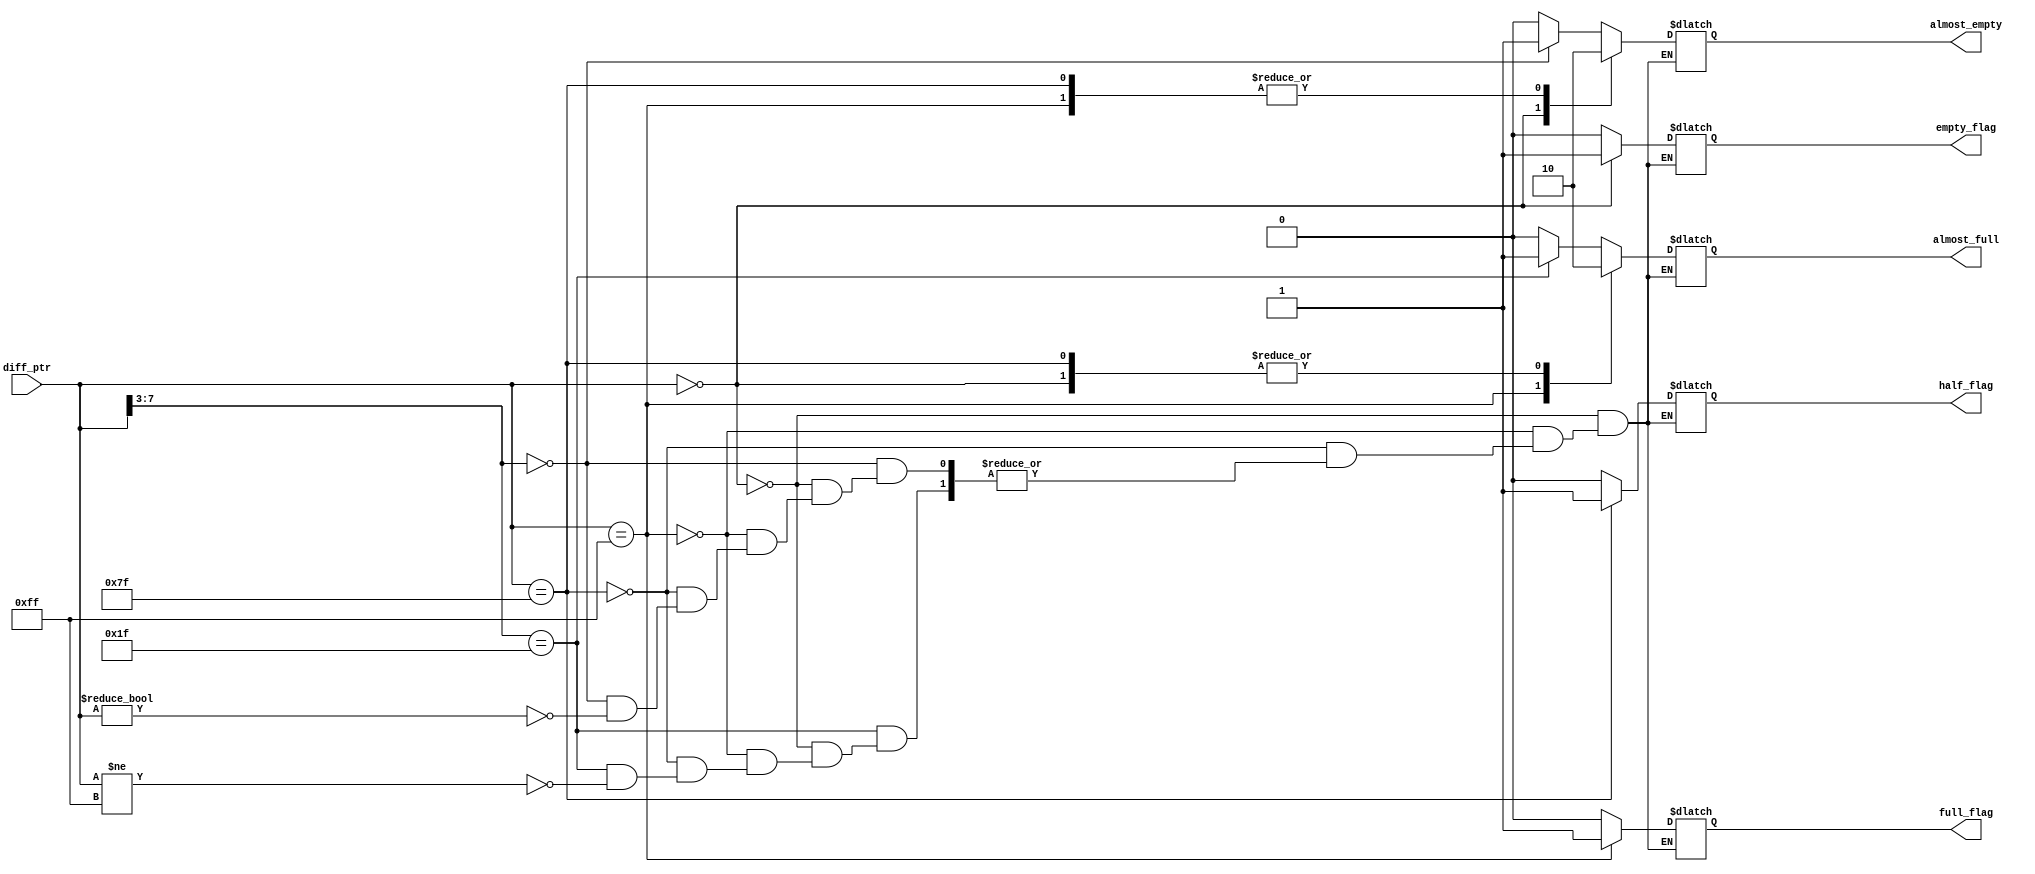
module flagset(diff_ptr,full_flag,empty_flag,almost_empty,almost_full,half_flag);
input[7:0] diff_ptr;
output full_flag,empty_flag,almost_empty,almost_full,half_flag;
reg full_flag,empty_flag,almost_empty,almost_full,half_flag;
always @(*)
		begin
		casex (diff_ptr)
		0: begin 
		empty_flag =1;
		full_flag = 0;
		almost_full = 0;
		almost_empty = 1;
		half_flag = 0;
		end
		255:begin
		full_flag = 1;
		empty_flag = 0;
		almost_full  = 1;
		almost_empty = 0;
		half_flag = 0;
		end
		127:begin
		half_flag = 1;
		empty_flag = 0;
		full_flag = 0;
		almost_full = 0;
		almost_empty = 0;
		end
		8'b11111xxx:begin
		if(diff_ptr!=255)
		begin
		half_flag = 0;
		empty_flag = 0;
		full_flag = 0;
		almost_full = 1;
		almost_empty = 0;
		end
		end
		8'b00000xxx:begin
		if(diff_ptr!=0)
		begin
		half_flag = 0;
		empty_flag =0;
		full_flag = 0;
		almost_full = 0;
		almost_empty = 1;
		end
		end
		default:begin
		empty_flag=0;
		full_flag=0;
		almost_full = 0;
		almost_empty = 0;
		half_flag = 0;
		end
		endcase
		end
		initial begin
		full_flag = 0;
		empty_flag = 0;
		almost_empty = 0;
		almost_full = 0;
		half_flag  =0 ;
		end
endmodule

module test;
wire full_flag,empty_flag,almost_empty,almost_full,half_flag;
reg[7:0] diff_ptr;
flagset f(diff_ptr,full_flag,empty_flag,almost_empty,almost_full,half_flag);
//flagset f(diff_ptr,full_flag,empty_flag);
initial begin
$monitor($time,"%d %d %d %d %d",full_flag,empty_flag,almost_empty,almost_full,half_flag);
#5 diff_ptr = 0;
#5 diff_ptr = 255;
#5 diff_ptr = 127;
end
endmodule